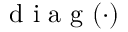
\mathrm { ~ d ~ i ~ a ~ g ~ } ( \cdot )